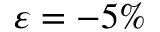
\varepsilon = - 5 \%